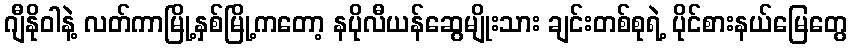
ဂျီနိုဝါနဲ့ လတ်ကာမြို့နှစ်မြို့ကတော့ နပိုလီယန်ဆွေမျိုးသား ချင်းတစ်စုရဲ့ ပိုင်စားနယ်မြေတွေ